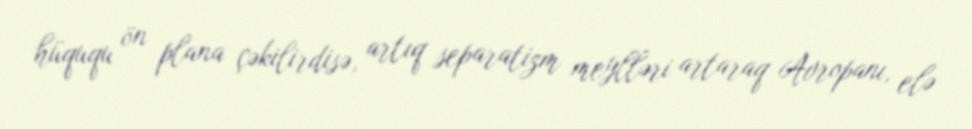
hüququ ön plana çəkilirdisə, artıq separatizm meylləri artaraq Avropanı, elə